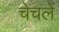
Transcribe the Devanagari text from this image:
चेचले